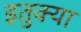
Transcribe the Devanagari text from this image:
इतुक्या